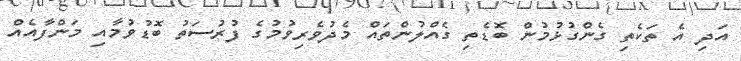
އަދި އެ ތަކެތި ގެންގުޅުމުން ބޮޑެތި ގެއްލުންތައް މެދުވެރިވުމުގެ ފުރުސަތު ބޮޑުވުމާއި މަންފާއެއް